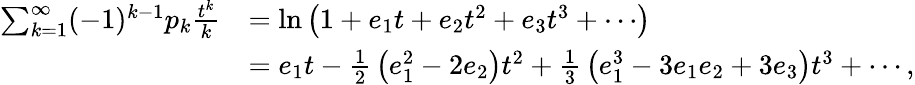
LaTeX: {\begin{array}{rl}{\sum_{k=1}^{\infty}(-1)^{k-1}p_{k}{\frac{t^{k}}{k}}}&{=\ln\left(1+e_{1}t+e_{2}t^{2}+e_{3}t^{3}+\cdots\right)}\\ &{=e_{1}t-{\frac{1}{2}}\left(e_{1}^{2}-2e_{2}\right)t^{2}+{\frac{1}{3}}\left(e_{1}^{3}-3e_{1}e_{2}+3e_{3}\right)t^{3}+\cdots,}\end{array}}